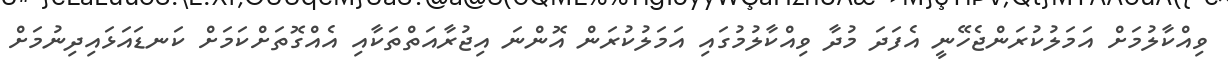
ވިއްކާލުމަށް އަމަލުކުރަންޖެހޭނީ އެފަދަ މުދާ ވިއްކާލުމުގައި އަމަލުކުރަން އޮންނަ އިޖުރާއަތްތަކާއި އެއްގޮތަށްކަމަށް ކަނޑައަޅައިދިނުމަށް